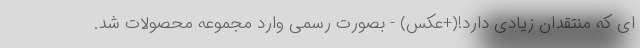
ای که منتقدان زیادی دارد!(+عکس) - بصورت رسمی وارد مجموعه محصولات شد.